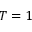
T = 1